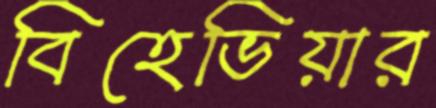
বিহেভিয়ার